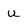
Character: u